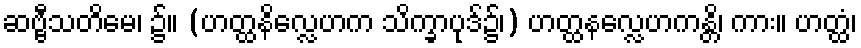
ဆဗ္ဗီသတိမေ၊ ၌။ (ဟတ္ထနိလ္လေဟက သိက္ခာပုဒ်၌၊) ဟတ္ထနလ္လေဟကန္တိ၊ ကား။ ဟတ္ထံ၊